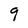
Character: 9